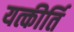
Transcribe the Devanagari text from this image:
यत्कीर्ति